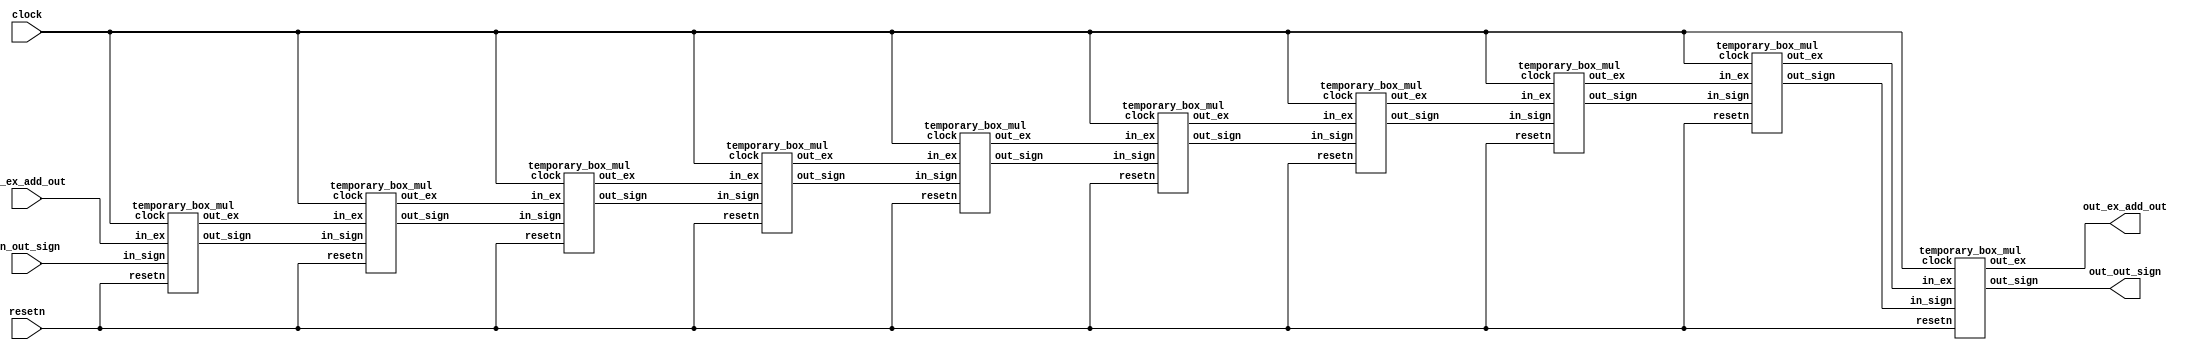
module step2_status(clock, resetn, in_ex_add_out, in_out_sign, out_ex_add_out, out_out_sign);
	input clock, resetn;
	
	input [7:0] in_ex_add_out;
	input in_out_sign;
	
	output [7:0] out_ex_add_out;
	output out_out_sign;
	
	parameter cycle = 10;
	
	wire [7:0] temp_ex[cycle:0];
	wire temp_sign[cycle:0];
	
	assign temp_ex[0] = in_ex_add_out;
	assign temp_sign[0] = in_out_sign;
	
	genvar i;
	generate
		for(i=0 ; i<cycle ; i=i+1) begin: loop_buf_mul
			temporary_box_mul TBM1(.clock(clock), .resetn(resetn), .in_sign(temp_sign[i]), .in_ex(temp_ex[i]), .out_sign(temp_sign[i+1]), .out_ex(temp_ex[i+1]));
		end
	endgenerate
	
	assign out_ex_add_out = temp_ex[cycle];
	assign out_out_sign = temp_sign[cycle];
	
endmodule 

///////////////////////////////

module temporary_box_mul(clock, resetn, in_sign, in_ex, out_sign, out_ex); //1 clock   
	input clock, resetn;
		
	input [7:0] in_ex;
	input in_sign;
	
	output reg [7:0] out_ex;
	output reg out_sign;
	
	always@(posedge clock, negedge resetn) begin
		if(!resetn) begin
			out_sign <= 0;
			out_ex <= 0;
		end
		else begin	
			out_sign <= in_sign;
			out_ex <= in_ex;
		end
	end

endmodule